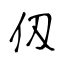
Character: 仭